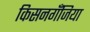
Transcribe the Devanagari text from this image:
किसनगॅँजिया